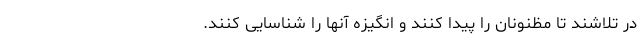
در تلاشند تا مظنونان را پیدا کنند و انگیزه آنها را شناسایی کنند.